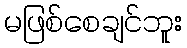
မဖြစ်စေချင်ဘူး